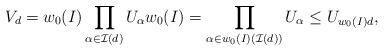
LaTeX: \begin{align*}V_d = w_0(I) \prod_{\alpha \in {\mathcal I}(d)} U_{\alpha} w_0(I) = \prod_{\alpha \in w_0(I)({\mathcal I}(d))} U_{\alpha} \leq U_{w_0(I)d}, \end{align*}